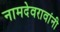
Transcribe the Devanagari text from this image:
नामदेवरावांनी